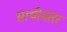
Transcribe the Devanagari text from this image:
साथीनंतर